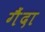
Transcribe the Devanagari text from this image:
गैंदा